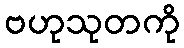
ဗဟုသုတကို